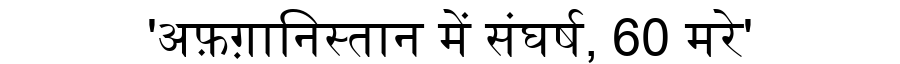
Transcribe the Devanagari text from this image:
'अफ़ग़ानिस्तान में संघर्ष, 60 मरे'